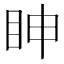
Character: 眒